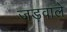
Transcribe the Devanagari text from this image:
जड़वाले